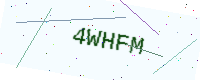
Text: 4WHFM